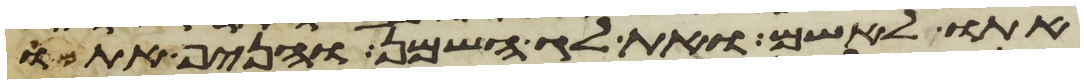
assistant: אתו לאשם ואת לג השמן והניף אתם